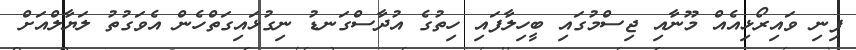
ފިނި ވައިރޯޅިއެއް މޫނާއި ޖިސްމުގައި ބީހިލާފައި ހިތުގެ އުދާސްގަނޑު ނިގުޅައިގަތްހެން އެވަގުތު ލަޔާލްއަށް